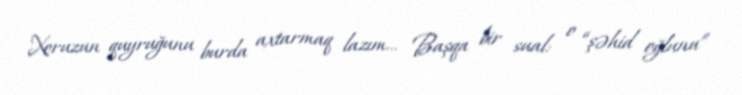
Xoruzun quyruğunu burda axtarmaq lazım… Başqa bir sual: o “şəhid oğlunu”